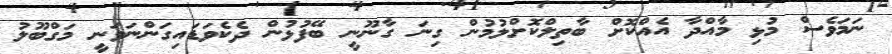
ނަމަވެސް މުޅި މާއްދާ އެއްކޮށް ބާތިލްކޮށްލުމުން ގިނަ ގާނޫނީ ބޭފުޅުން ދެކެވަޑައިގަންނަވަނީ މަގްބޫލު